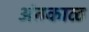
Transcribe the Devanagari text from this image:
अंतकाळ